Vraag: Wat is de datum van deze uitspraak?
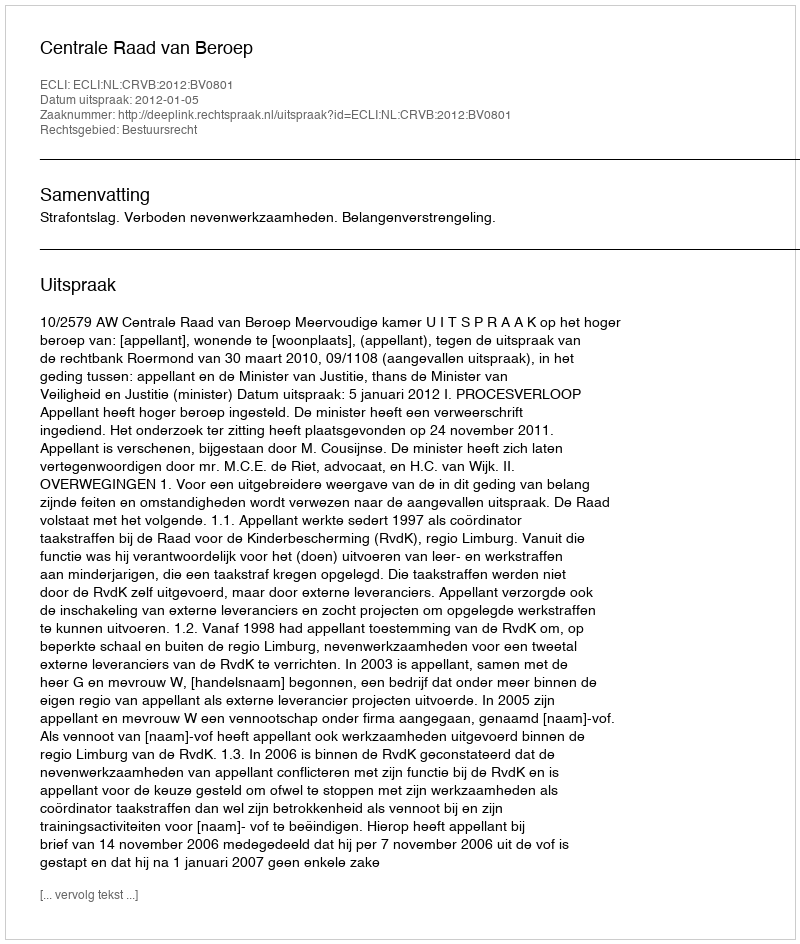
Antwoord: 2012-01-05